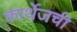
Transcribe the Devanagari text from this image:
कार्थेजची